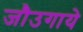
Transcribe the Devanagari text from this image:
जौउगाये